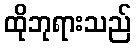
ထိုဘုရားသည်